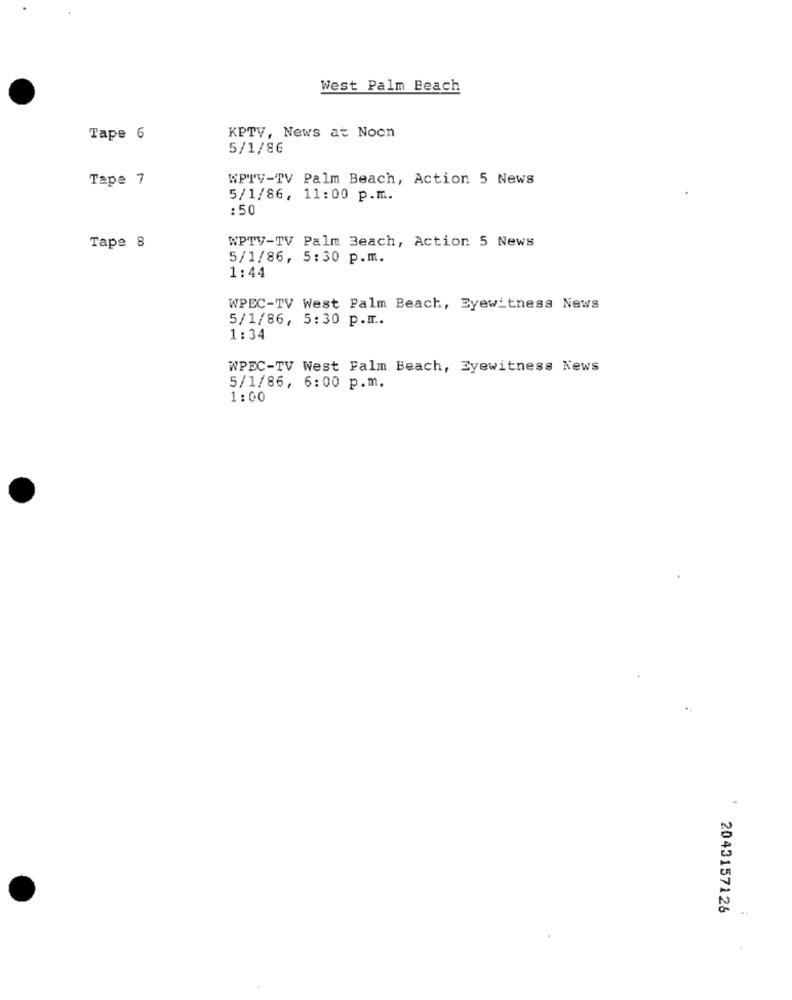
West Palm Beach
Tape 6
KPTV, News at Noon
5/1/86
Tape 7
WPTV-TV Palm Beach, Action 5 News
5/1/86, 11:00 p.m.
: 50
WPTV-TV Palm Beach, Action 5 News
Tape 8
5/1/86, 5:30 p.m.
1:44
WPEC-TV West Palm Beach, Eyewitness News
5/1/86, 5:30 p.m ..
1:34
WPEC-TV West Falm Beach, Eyewitness News
5/1/86, 6:00 p.m.
1:00
2043157126